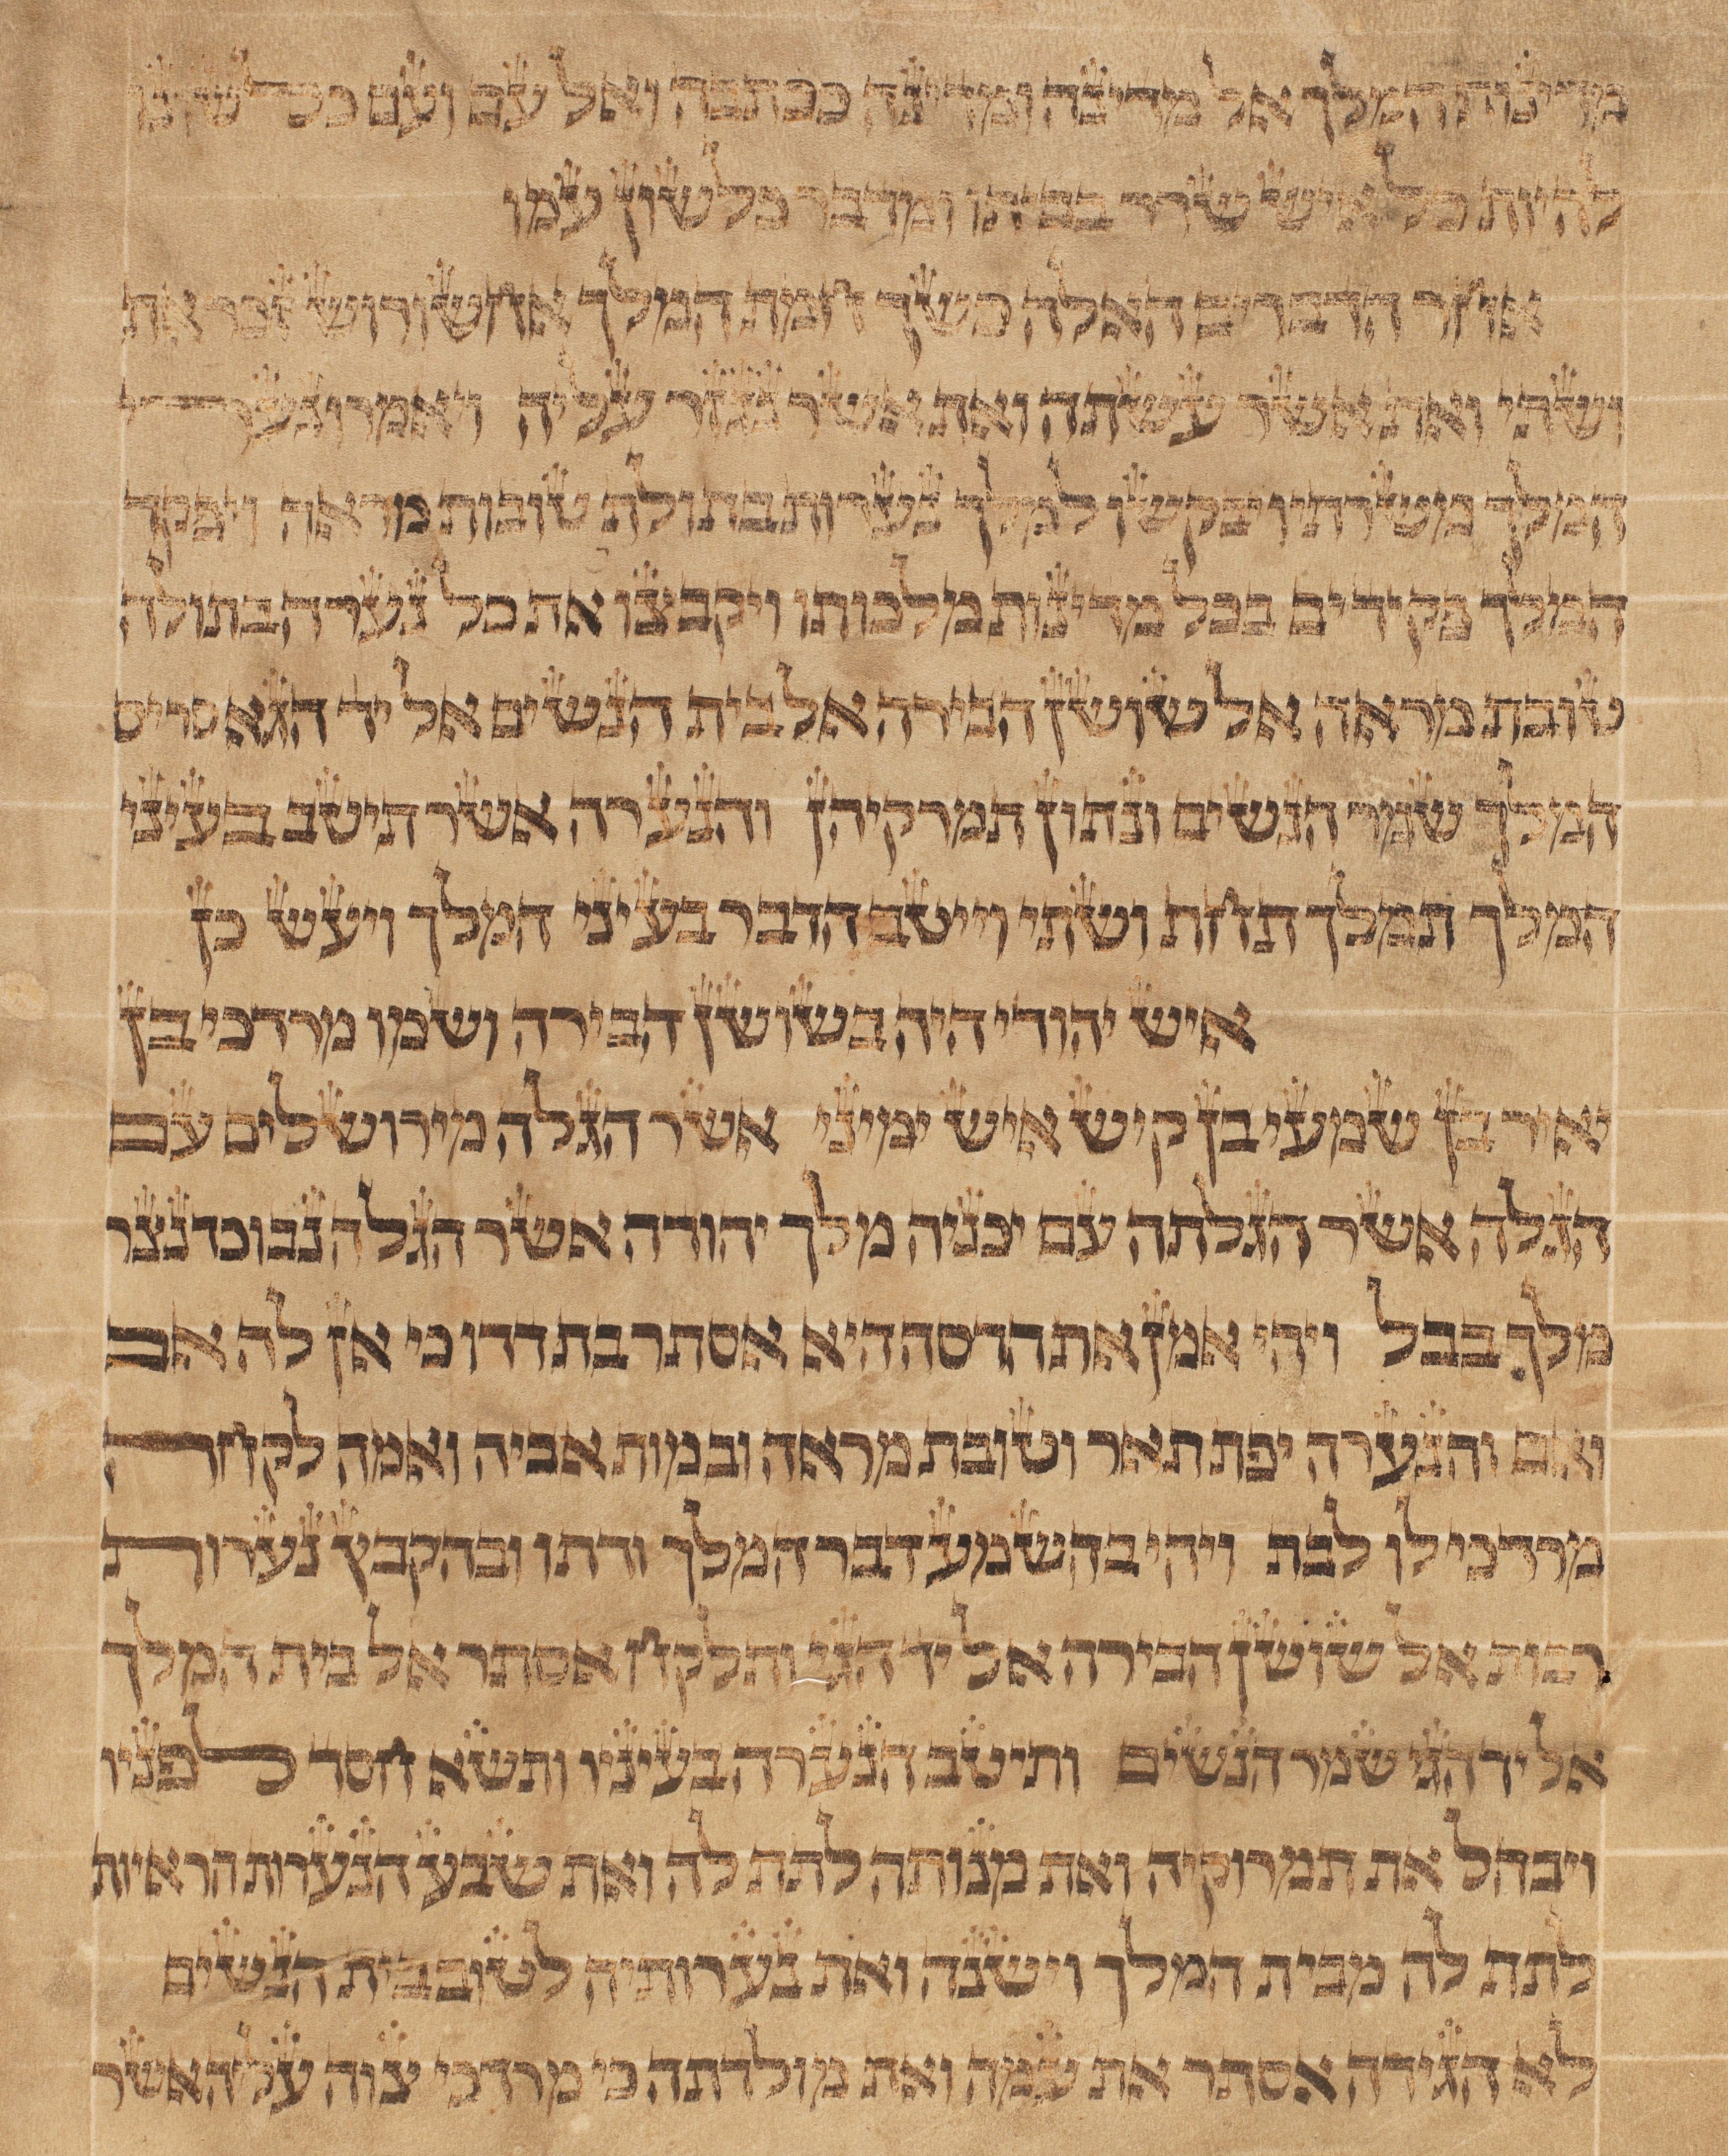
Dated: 1500–1515